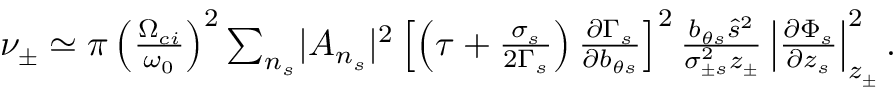
\begin{array} { r } { \nu _ { \pm } \simeq \pi \left( \frac { \Omega _ { c i } } { \omega _ { 0 } } \right) ^ { 2 } \sum _ { n _ { s } } \lvert A _ { n _ { s } } \rvert ^ { 2 } \left[ \left( \tau + \frac { \sigma _ { s } } { 2 \Gamma _ { s } } \right) \frac { \partial \Gamma _ { s } } { \partial b _ { \theta s } } \right] ^ { 2 } \frac { b _ { \theta s } \hat { s } ^ { 2 } } { \sigma _ { \pm s } ^ { 2 } z _ { \pm } } \left\lvert \frac { \partial \Phi _ { s } } { \partial z _ { s } } \right\rvert _ { z _ { \pm } } ^ { 2 } . } \end{array}